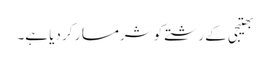
بھتیجی کے رشتے کو شرمسار کر دیا ہے۔